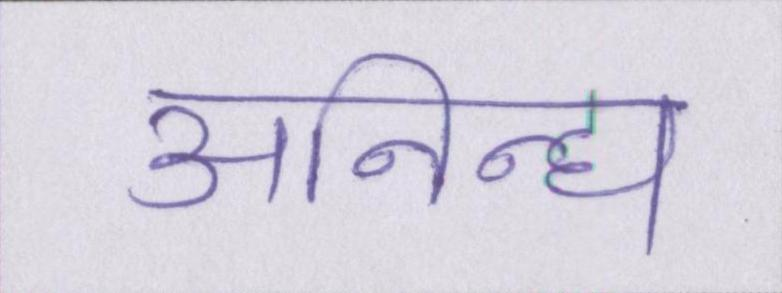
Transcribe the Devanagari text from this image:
अनिन्द्य